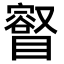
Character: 𥋩